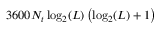
3 6 0 0 N _ { t } \log _ { 2 } ( L ) \left( \log _ { 2 } ( L ) + 1 \right)